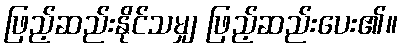
ဖြည့်ဆည်းနိုင်သမျှ ဖြည့်ဆည်းပေး၏။